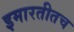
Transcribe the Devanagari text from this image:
इमारतीतच